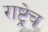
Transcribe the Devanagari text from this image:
राष्ट्रेच